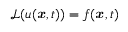
\mathcal { L } ( u ( { \boldsymbol { \mathbf { \mathit { x } } } } , t ) ) = f ( { \boldsymbol { \mathbf { \mathit { x } } } } , t )